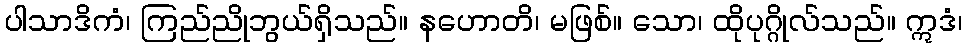
ပါသာဒိကံ၊ ကြည်ညိုဘွယ်ရှိသည်။ နဟောတိ၊ မဖြစ်။ သော၊ ထိုပုဂ္ဂိုလ်သည်။ ဣဒံ၊